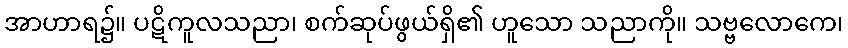
အာဟာရ၌။ ပဋိကူလသညာ၊ စက်ဆုပ်ဖွယ်ရှိ၏ ဟူသော သညာကို။ သဗ္ဗလောကေ၊